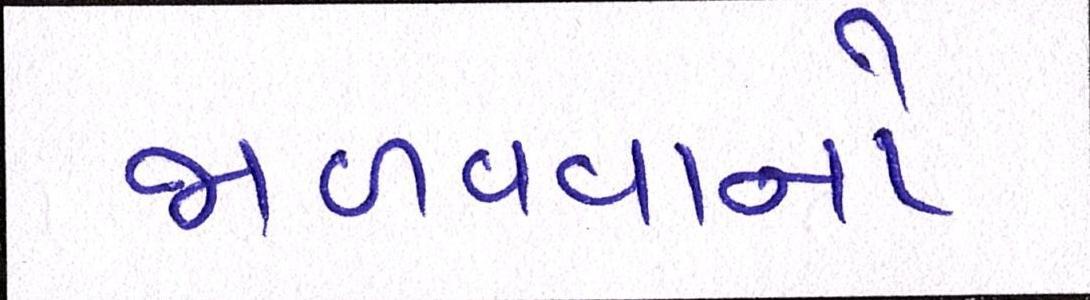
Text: જાળવવાનો